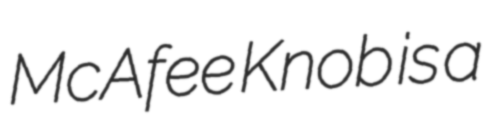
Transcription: McAfee Knob is a